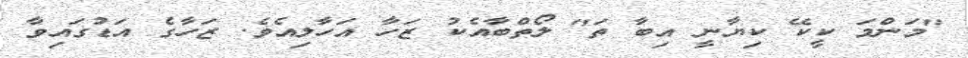
"މަންމަ ކީކޭ ކިޔާނީ އިބާ ތަ" ލޯތްބާއެކު ޒަހާ އަހާލިއެވެ. ޒަހާގެ އަޑުގައިވާ